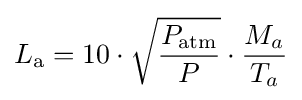
L_{\rm {a}}=10\cdot {\sqrt {\frac {P_{\rm {atm}}}{P}}}\cdot {\frac {M_{a}}{T_{a}}}